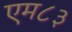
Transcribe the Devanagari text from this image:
एम८३